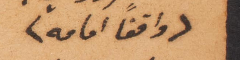
(واقفًأ امامه)